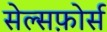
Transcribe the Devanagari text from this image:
सेल्सफ़ोर्स